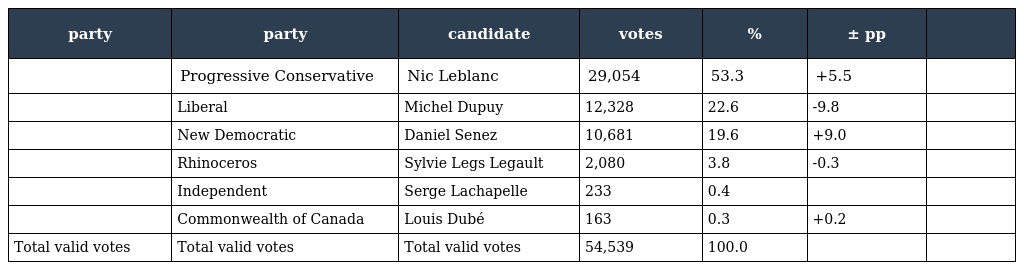
| party | party | candidate | votes | % | ± pp |  |
 | --- | --- | --- | --- | --- | --- | --- |
 |  | Progressive Conservative | Nic Leblanc | 29,054 | 53.3 | +5.5 |  |
 |  | Liberal | Michel Dupuy | 12,328 | 22.6 | -9.8 |  |
 |  | New Democratic | Daniel Senez | 10,681 | 19.6 | +9.0 |  |
 |  | Rhinoceros | Sylvie Legs Legault | 2,080 | 3.8 | -0.3 |  |
 |  | Independent | Serge Lachapelle | 233 | 0.4 |  |  |
 |  | Commonwealth of Canada | Louis Dubé | 163 | 0.3 | +0.2 |  |
 | Total valid votes | Total valid votes | Total valid votes | 54,539 | 100.0 |  |  |